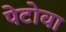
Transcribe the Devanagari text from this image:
पेटोवा